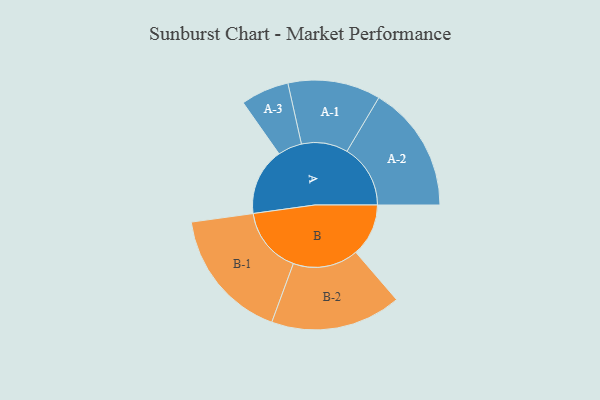
{"axis": {"x": "Segment", "y": "Value"}, "legend": ["", "A", "B"], "data": [{"x": "A", "y": 287, "type": ""}, {"x": "B", "y": 225, "type": ""}, {"x": "A-1", "y": 198, "type": "A"}, {"x": "A-2", "y": 271, "type": "A"}, {"x": "A-3", "y": 103, "type": "A"}, {"x": "B-1", "y": 283, "type": "B"}, {"x": "B-2", "y": 279, "type": "B"}]}